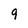
Character: 9